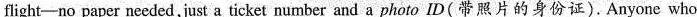
flight-no paper needed, just a ticket number and a photo ID (带照片的身份证).Anyone who